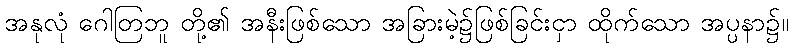
အနုလုံ ဂေါတြဘူ တို့၏ အနီးဖြစ်သော အခြားမဲ့၌ဖြစ်ခြင်းငှာ ထိုက်သော အပ္ပနာ၌။